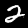
Label: 2